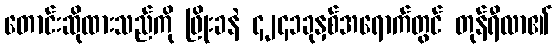
တောင်းဆိုထားသည်ကို ဖြိုးခနဲ ၄၂၄၁ခုနှစ်အရောက်တွင် တုန်ရီလာ၏